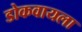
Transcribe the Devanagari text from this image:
डोकवायला